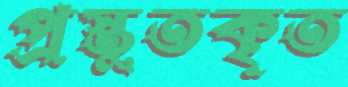
প্রস্তুতকৃত